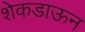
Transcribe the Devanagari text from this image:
शेकडाऊन